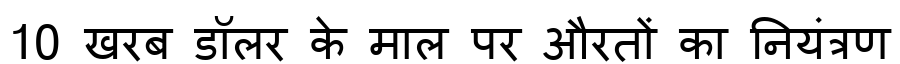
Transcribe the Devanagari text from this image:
10 खरब डॉलर के माल पर औरतों का नियंंत्रण